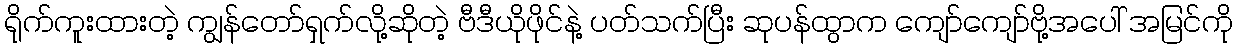
ရိုက်ကူးထားတဲ့ ကျွန်တော်ရှက်လို့ဆိုတဲ့ ဗီဒီယိုဖိုင်နဲ့ ပတ်သက်ပြီး ဆုပန်ထွာက ကျော်ကျော်ဗို့အပေါ် အမြင်ကို